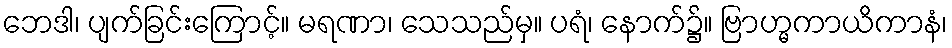
ဘေဒါ၊ ပျက်ခြင်းကြောင့်။ မရဏာ၊ သေသည်မှ။ ပရံ၊ နောက်၌။ ဗြာဟ္မကာယိကာနံ၊